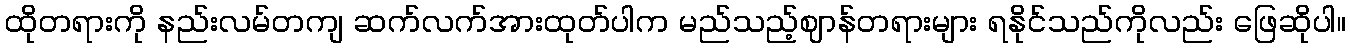
ထိုတရားကို နည်းလမ်တကျ ဆက်လက်အားထုတ်ပါက မည်သည့်ဈာန်တရားများ ရနိုင်သည်ကိုလည်း ဖြေဆိုပါ။